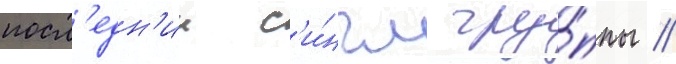
посл'едн'ии с'и́нгл гру́ппы //